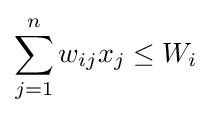
\sum _{j=1}^{n}w_{ij}x_{j}\leq W_{i}